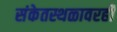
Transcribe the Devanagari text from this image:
संकेतस्थळावरही